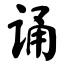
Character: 诵